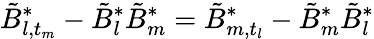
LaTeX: \tilde{B}_{l,t_{m}}^{*}-\tilde{B}_{l}^{*}\tilde{B}_{m}^{*}=\tilde{B}_{m,t_{l}}^{*}-\tilde{B}_{m}^{*}\tilde{B}_{l}^{*}